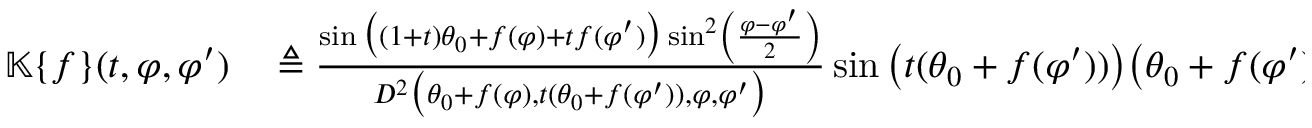
\begin{array} { r l } { \mathbb { K } \{ f \} ( t , \varphi , \varphi ^ { \prime } ) } & { { } \triangleq \frac { \sin \big ( ( 1 + t ) \theta _ { 0 } + f ( \varphi ) + t f ( \varphi ^ { \prime } ) \big ) \sin ^ { 2 } \left( \frac { \varphi - \varphi ^ { \prime } } { 2 } \right) } { D ^ { 2 } \big ( \theta _ { 0 } + f ( \varphi ) , t ( \theta _ { 0 } + f ( \varphi ^ { \prime } ) ) , \varphi , \varphi ^ { \prime } \big ) } \sin \big ( t ( \theta _ { 0 } + f ( \varphi ^ { \prime } ) ) \big ) \big ( \theta _ { 0 } + f ( \varphi ^ { \prime } ) \big ) } \end{array}